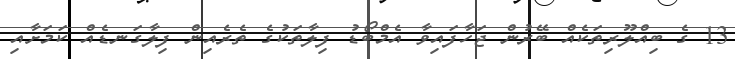
13 ގެ ބިއްލޫރިތަކެއް ބޭރުން ޖަހާފައިވާ އެމްބޯޑު ފިލާތަކުގެ ތެރެއިން ފިލާގަނޑެއް ކަމަށާއި